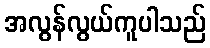
အလွန်လွယ်ကူပါသည်